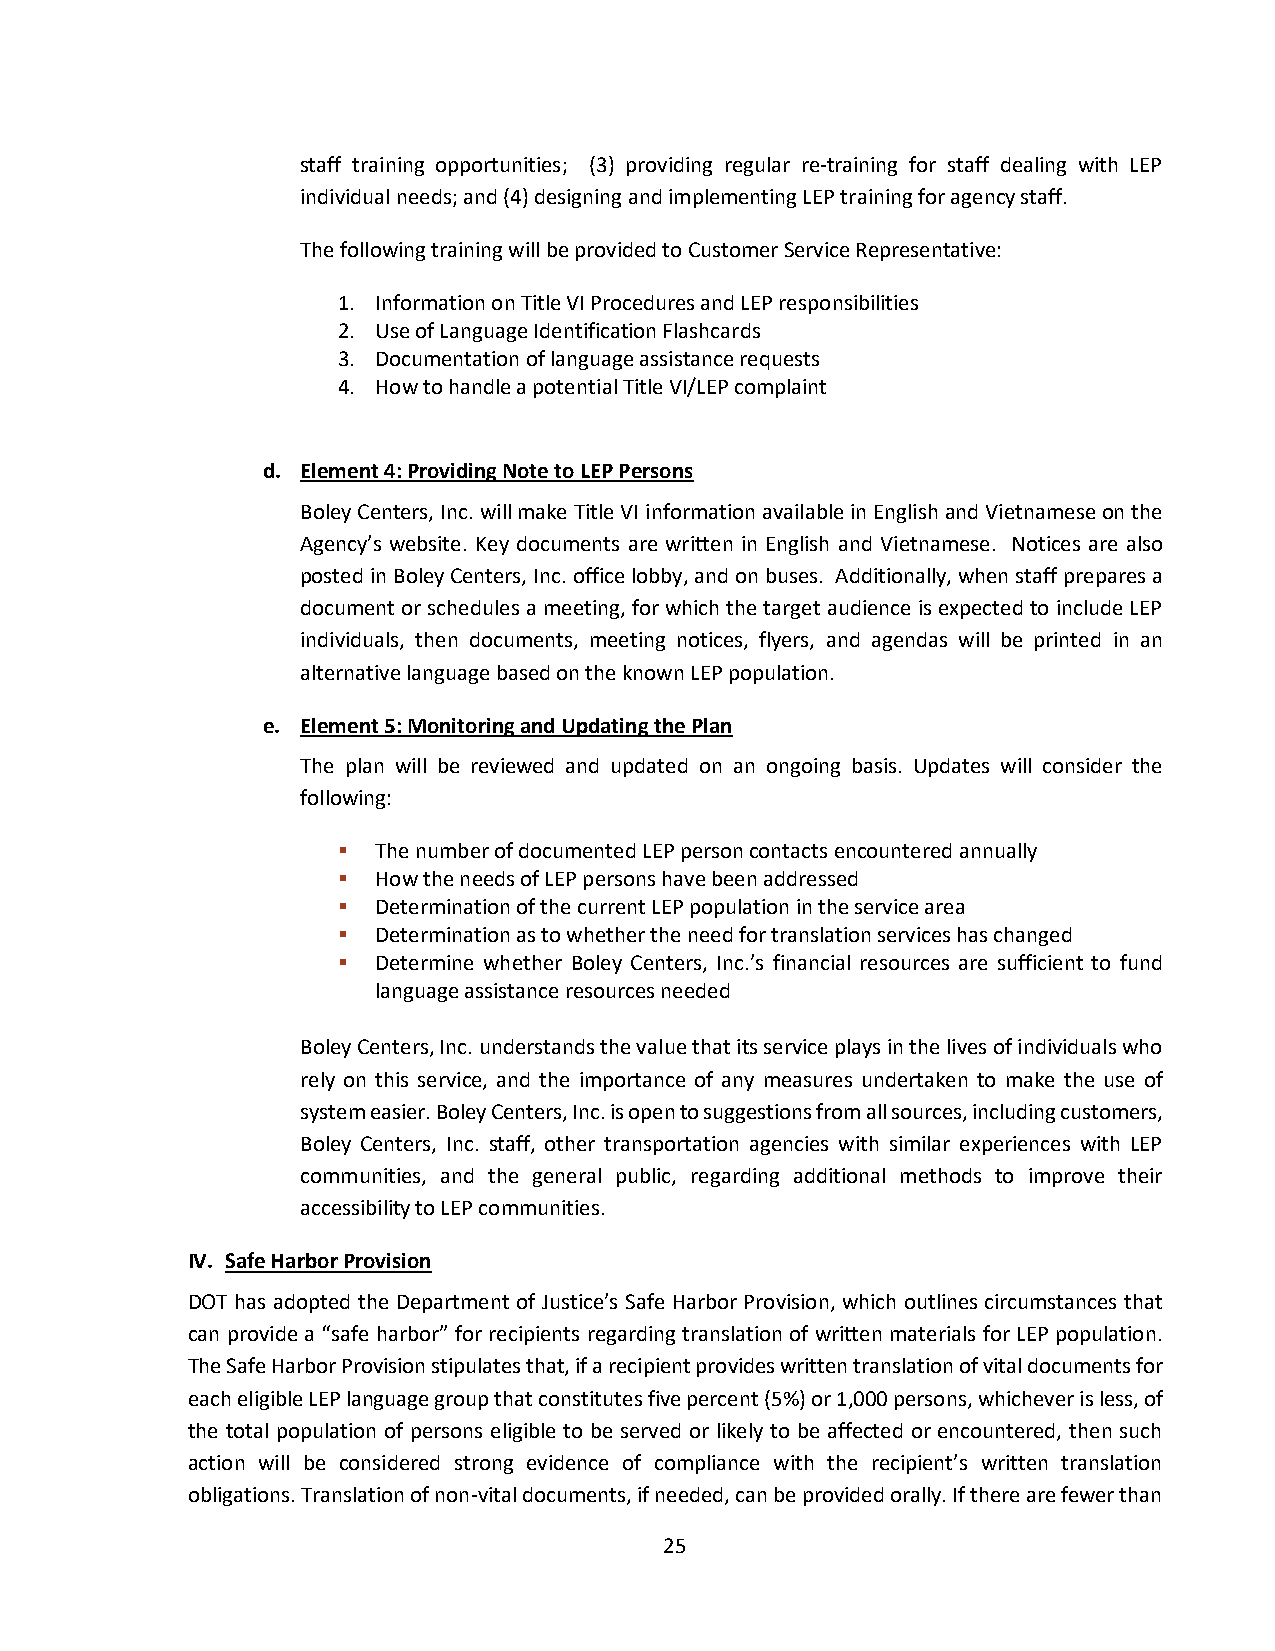
staff training opportunities; (3) providing regular re-training for staff dealing with LEP
 individual needs; and (4) designing and implementing LEP training for agency staff.
 The following training will be provided to Customer Service Representative:
 1. Information on Title VI Procedures and LEP responsibilities
 2. Use of Language Identification Flashcards
 3. Documentation of language assistance requests
 4. How to handle a potential Title VI/LEP complaint
 d. Element 4: Providing Note to LEP Persons
 Boley Centers, Inc. will make Title VI information available in English and Vietnamese on the
 Agency’s website. Key documents are written in English and Vietnamese. Notices are also
 posted in Boley Centers, Inc. office lobby, and on buses. Additionally, when staff prepares a
 document or schedules a meeting, for which the target audience is expected to include LEP
 individuals, then documents, meeting notices, flyers, and agendas will be printed in an
 alternative language based on the known LEP population.
 e. Element 5: Monitoring and Updating the Plan
 The plan will be reviewed and updated on an ongoing basis. Updates will consider the
 following:
 ▪  The number of documented LEP person contacts encountered annually
 ▪  How the needs of LEP persons have been addressed
 ▪  Determination of the current LEP population in the service area
 ▪  Determination as to whether the need for translation services has changed
 ▪  Determine whether Boley Centers, Inc.’s financial resources are sufficient to fund
 language assistance resources needed
 Boley Centers, Inc. understands the value that its service plays in the lives of individuals who
 rely on this service, and the importance of any measures undertaken to make the use of
 system easier. Boley Centers, Inc. is open to suggestions from all sources, including customers,
 Boley Centers, Inc. staff, other transportation agencies with similar experiences with LEP
 communities, and the general public, regarding additional methods to improve their
 accessibility to LEP communities.
 IV. Safe Harbor Provision
 DOT has adopted the Department of Justice’s Safe Harbor Provision, which outlines circumstances that
 can provide a “safe harbor” for recipients regarding translation of written materials for LEP population.
 The Safe Harbor Provision stipulates that, if a recipient provides written translation of vital documents for
 each eligible LEP language group that constitutes five percent (5%) or 1,000 persons, whichever is less, of
 the total population of persons eligible to be served or likely to be affected or encountered, then such
 action will be considered strong evidence of compliance with the recipient’s written translation
 obligations. Translation of non-vital documents, if needed, can be provided orally. If there are fewer than
 25